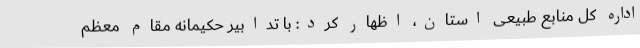
اداره کل منابع طبیعی استان، اظهار کرد: با تدابیر حکیمانه مقام معظم